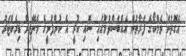
އެގޮތުން ވެމްކޯގެ ފަރާތުން އެއްބަސްވުމުގައި ސޮއި ކުރީ އެ ކުންފުނީގެ މެނޭޖިން ޑިރެކްޓަރު